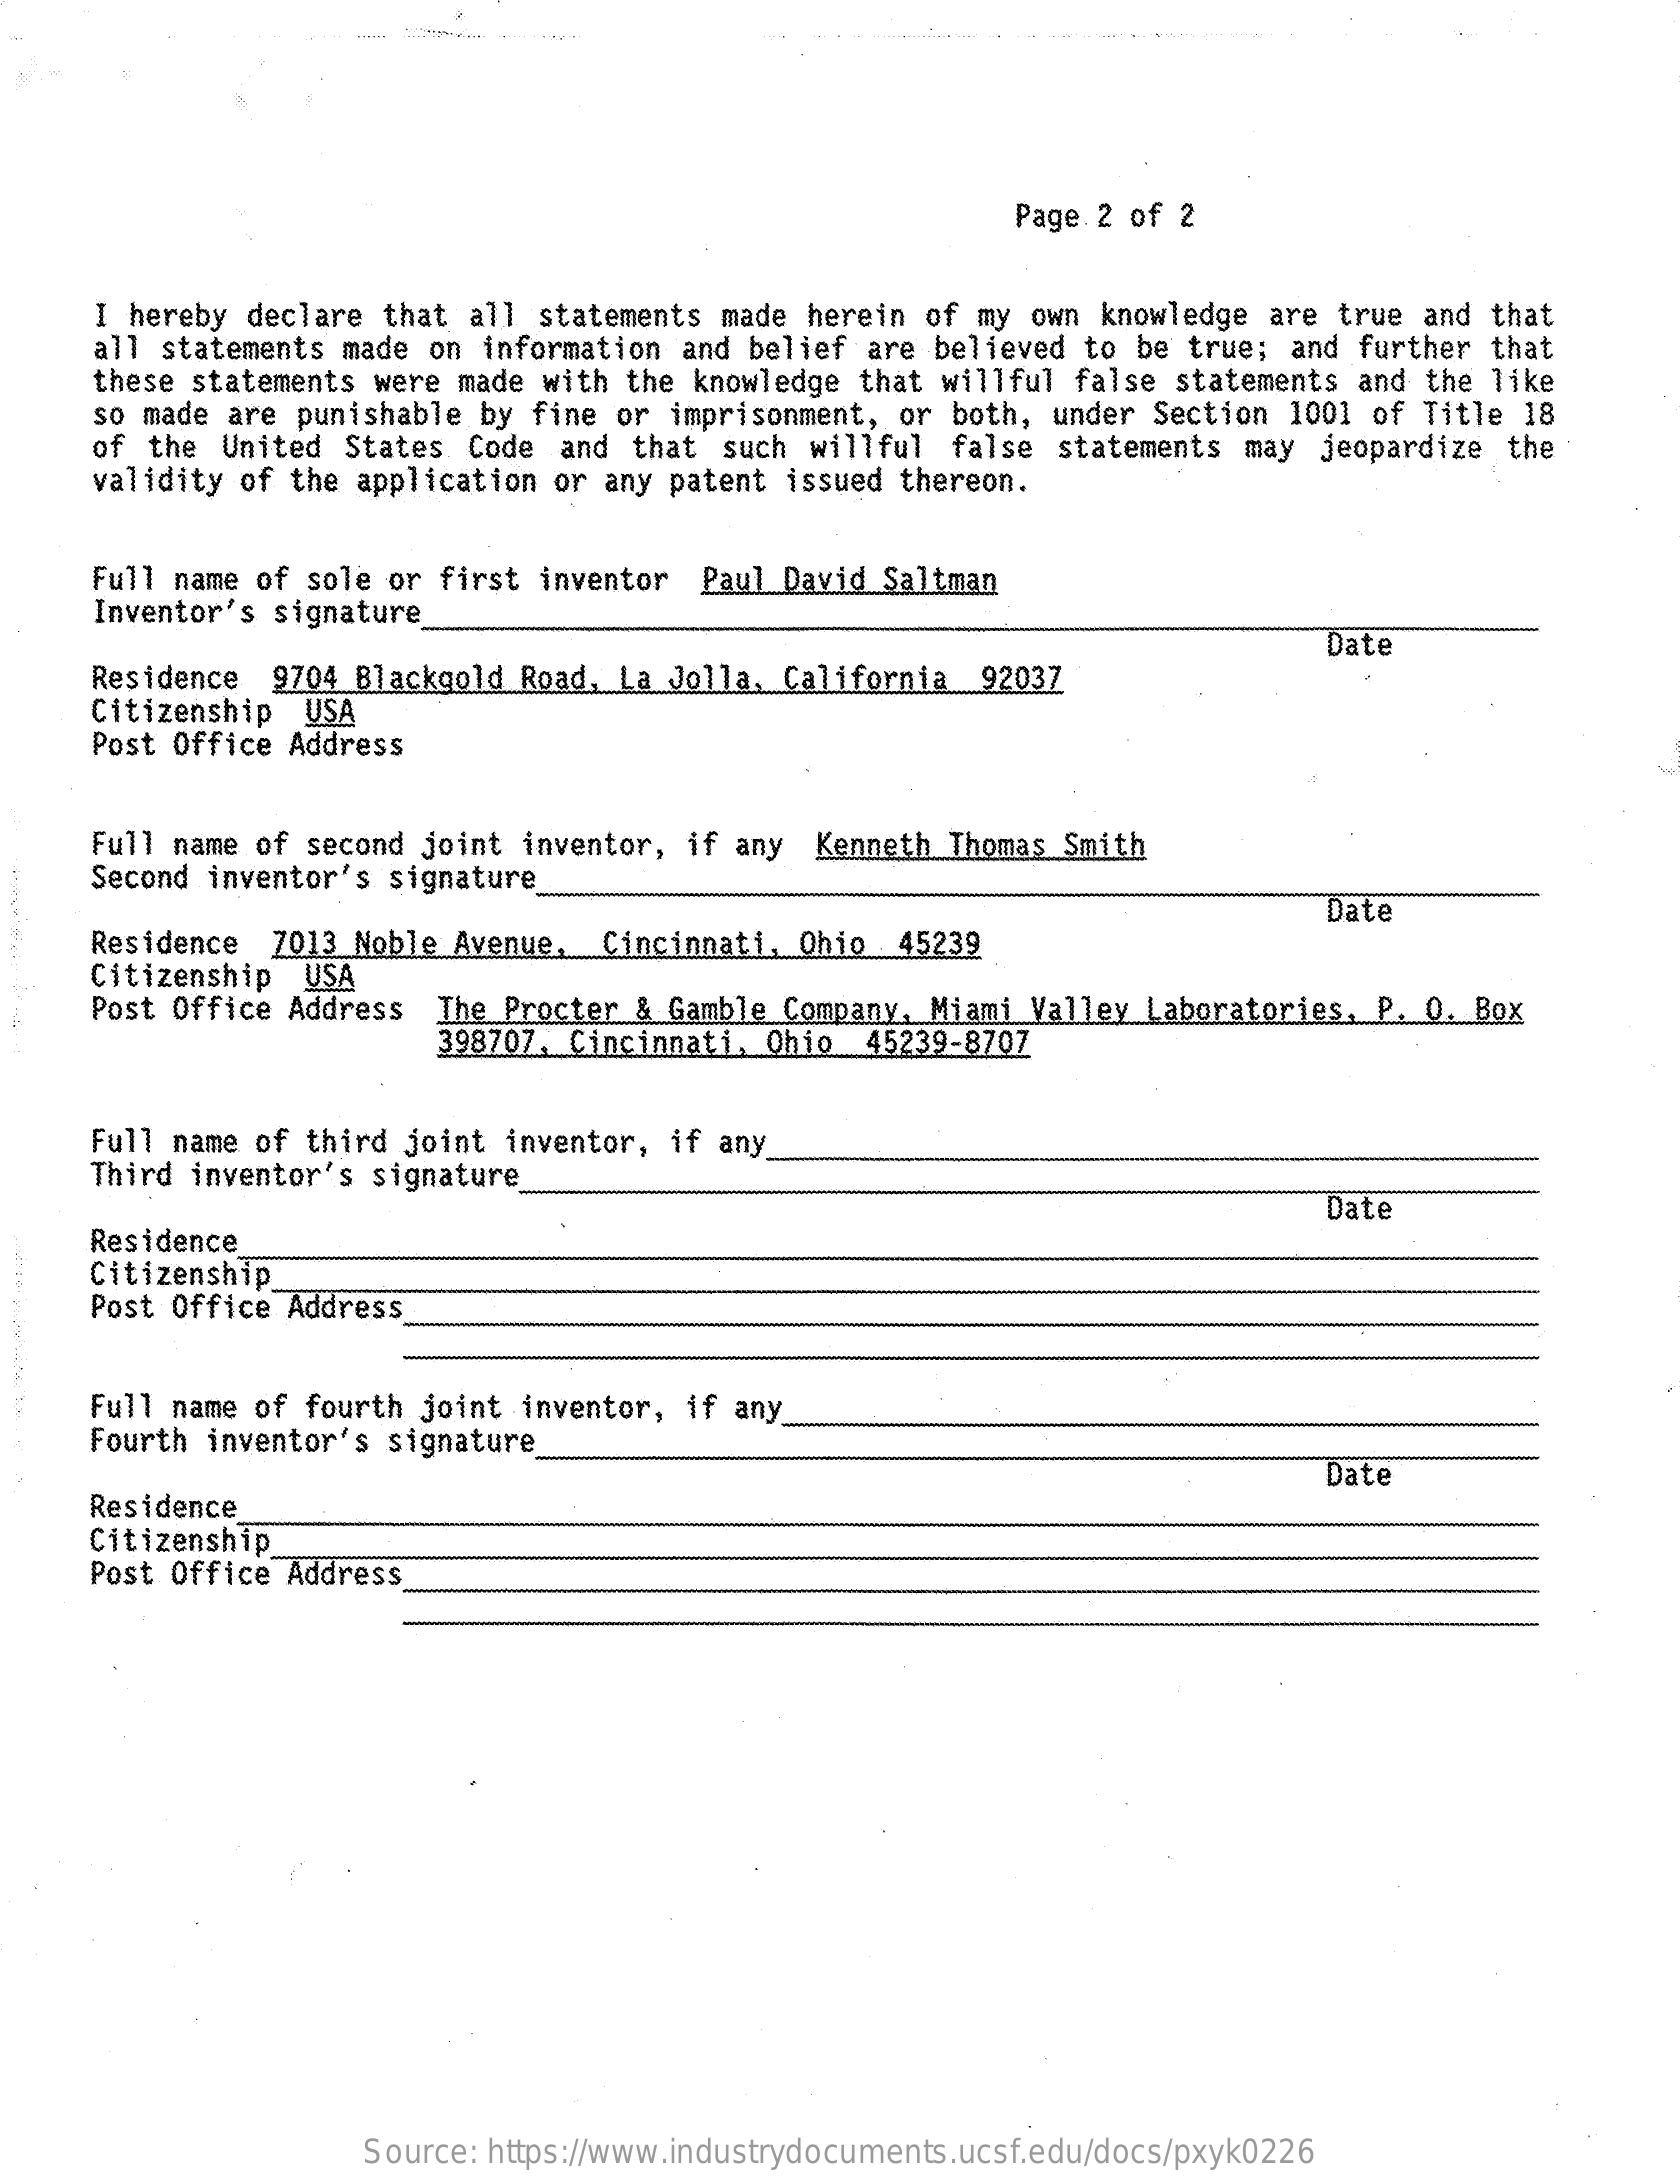
Page 2 of 2
     I hereby declare that all statements made herein of my own knowledge are true and that
     all statements made on information and belief are believed to be true; and further that
     these statements were made with the knowledge that willful false statements and the like
     so made are punishable by fine or imprisonment, or both, under Section 1001 of Title 18
     of the United States Code and that such willful false statements may jeopardize the
     validity of the application or any patent issued thereon.
     Full name of sole or first inventor Paul David Saltman
     Inventor's signature
     Date
     Residence 9704 Blackgold Road, La Jolla, California 92037
     Citizenship USA
     Post Office Address
     Full name of second joint inventor, if any Kenneth Thomas Smith
     Second inventor's signature
     Date
     Residence 7013 Noble Avenue, Cincinnati, Ohio 45239
     Citizenship USA
     Post Office Address The Procter & Gamble Company, Miami Valley Laboratories, P. O. Box
     398707. Cincinnati, Ohio 45239-8707
     Full name of third joint inventor, if any
     Third inventor's signature
     Date
     Residence
     Citizenship_
     Post Office Address
     Full name of fourth joint inventor, if any
     Fourth inventor's signature
     Date
     Residence
     Citizenship_
     Post Office Address
     Source: https://www.industrydocuments.ucsf.edu/docs/pxyk0226